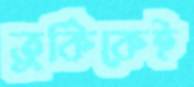
তুর্কিকেই